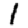
Digit: 1